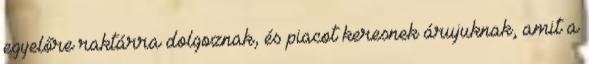
egyelőre raktárra dolgoznak, és piacot keresnek árujuknak, amit a